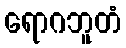
ရောဂဘူတံ